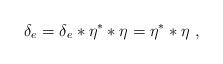
LaTeX: \begin{align*}\delta_{e} = \delta_{e} \ast\eta^{*} \ast\eta=\eta^{*} \ast\eta~,\end{align*}